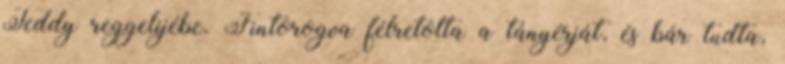
Teddy reggelijébe. Fintorogva félretolta a tányérját, és bár tudta,